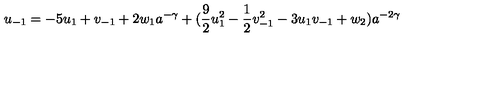
u _ { - 1 } = - 5 u _ { 1 } + v _ { - 1 } + 2 w _ { 1 } a ^ { - \gamma } + ( \mathrm { \frac { 9 } { 2 } } u _ { 1 } ^ { 2 } - \mathrm { \frac { 1 } { 2 } } v _ { - 1 } ^ { 2 } - 3 u _ { 1 } v _ { - 1 } + w _ { 2 } ) a ^ { - 2 \gamma }